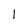
Character: l